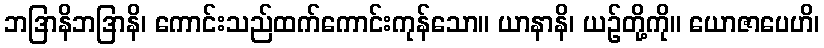
ဘဒြာနိဘဒြာနိ၊ ကောင်းသည်ထက်ကောင်းကုန်သော။ ယာနာနိ၊ ယဉ်တို့ကို။ ယောဇာပေဟိ၊